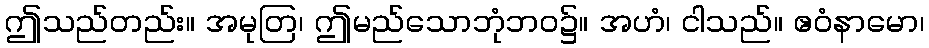
ဤသည်တည်း။ အမုတြ၊ ဤမည်သောဘုံဘဝ၌။ အဟံ၊ ငါသည်။ ဧဝံနာမော၊